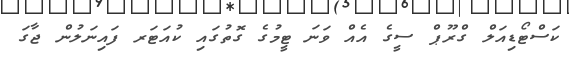
ކަސްޓޯޑިއަލް ގްރޫޕް ސީގެ އެއް ވަނަ ޓީމުގެ ގޮތުގައި ކުއަޓަރ ފައިނަލުން ޖާގަ